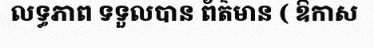
លទ្ធភាព ទទួលបាន ព័ត៌មាន ( ឱកាស